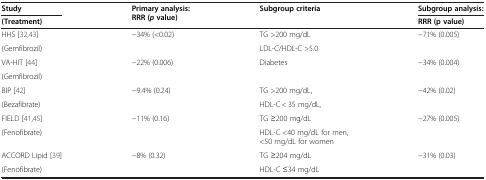
<table><thead><tr><td><b>Study</b></td><td rowspan="2"><b>Primary analysis: RRR (<i>p</i>value)</b></td><td rowspan="2"><b>Subgroup criteria</b></td><td><b>Subgroup analysis:</b></td></tr><tr><td><b>(Treatment)</b></td><td><b>RRR (p value)</b></td></tr></thead><tbody><tr><td>HHS[32,43]</td><td rowspan="2">−34% (&lt;0.02)</td><td>TG &gt;200 mg/dL</td><td rowspan="2">−71% (0.005)</td></tr><tr><td>(Gemfibrozil)</td><td>LDL-C/HDL-C &gt;5.0</td></tr><tr><td>VA-HIT[44]</td><td rowspan="2">−22% (0.006)</td><td rowspan="2">Diabetes</td><td rowspan="2">−34% (0.004)</td></tr><tr><td>(Gemfibrozil)</td></tr><tr><td>BIP[42]</td><td rowspan="2">−9.4% (0.24)</td><td>TG &gt;200 mg/dL,</td><td rowspan="2">−42% (0.02)</td></tr><tr><td>(Bezafibrate)</td><td>HDL-C &lt; 35 mg/dL,</td></tr><tr><td>FIELD[41,45]</td><td rowspan="2">−11% (0.16)</td><td>TG ≥200 mg/dL</td><td rowspan="2">−27% (0.005)</td></tr><tr><td>(Fenofibrate)</td><td>HDL-C &lt;40 mg/dL for men, &lt;50 mg/dL for women</td></tr><tr><td>ACCORD Lipid[39]</td><td rowspan="2">−8% (0.32)</td><td>TG ≥204 mg/dL</td><td rowspan="2">−31% (0.03)</td></tr><tr><td>(Fenofibrate)</td><td>HDL-C ≤34 mg/dL</td></tr></tbody></table>